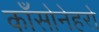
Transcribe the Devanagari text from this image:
काँसोनेहरो